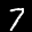
Label: 7